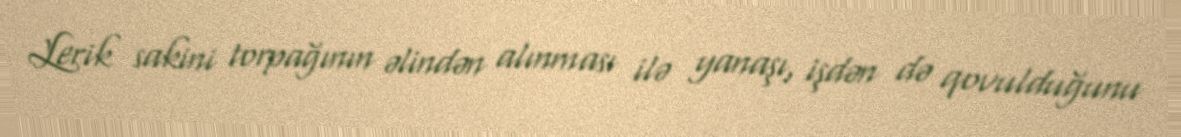
Lerik sakini torpağının əlindən alınması ilə yanaşı, işdən də qovulduğunu